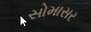
સોમાસર